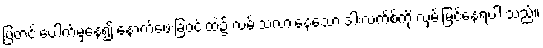
ပြတင်းပေါက်မှနေ၍ နောက်ဖေးခြံဝင်းထဲ၌ လမ်းသလားနေသော ဒါးလက်စ်ကို လှမ်းမြင်နေရပါ သည်။